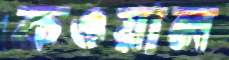
কওয়াল